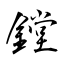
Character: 鏜